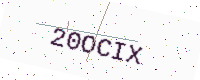
Text: 20OCIX